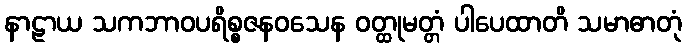
နာဠာယ သကဘာဝပရိစ္စဇနဝသေန ဝတ္ထုမတ္တံ ပါပေထာတိ သမာဓာတုံ